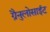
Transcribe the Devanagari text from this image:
ग्रैनुलोसाईट